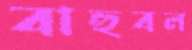
বাহুবল